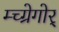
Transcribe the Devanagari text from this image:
म्च्ग्रेगोर्